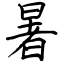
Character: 暑